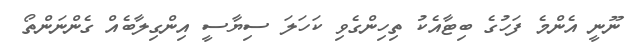
ނޫނީ އެންމެ ފަހުގެ ބިޓާއެކު ތިހިންގެވި ކަހަލަ ސިޔާސީ އިންގިލާބެއް ގެންނަންތޯ